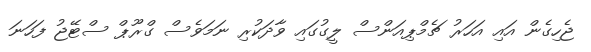
ޖެހިގެން އައި އަހަރު ޗެމްޕިއަންސް ލީގުގައި ވާދަކުރި ނަމަވެސް ގްރޫޕް ސްޓޭޖު ފަހަނަ